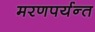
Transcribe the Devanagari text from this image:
मरणपर्यन्त